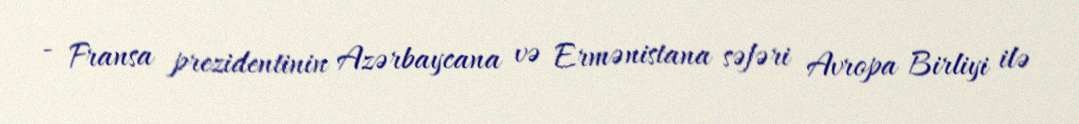
- Fransa prezidentinin Azərbaycana və Ermənistana səfəri Avropa Birliyi ilə